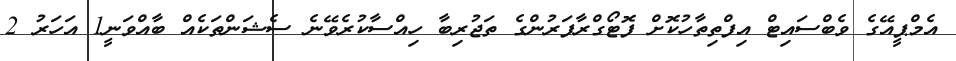
އެމްޕީއޭގެ ވެބްސައިޓް އިފްތިތާހުކޮށް ފޮޓޯގްރާފަރުންގެ ތަޖުރިބާ ހިއްސާކުރެވޭނެ ސެޝަންތަކެއް ބާއްވަނީ1 އަހަރު 2